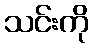
သင်းကို